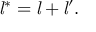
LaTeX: { { \mathit { l } } ^ { * } } = { \mathit { l } } + { { \mathit { l } } ^ { \prime } } .